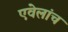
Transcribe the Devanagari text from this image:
एवेलांच